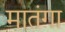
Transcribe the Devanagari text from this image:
मातंगा